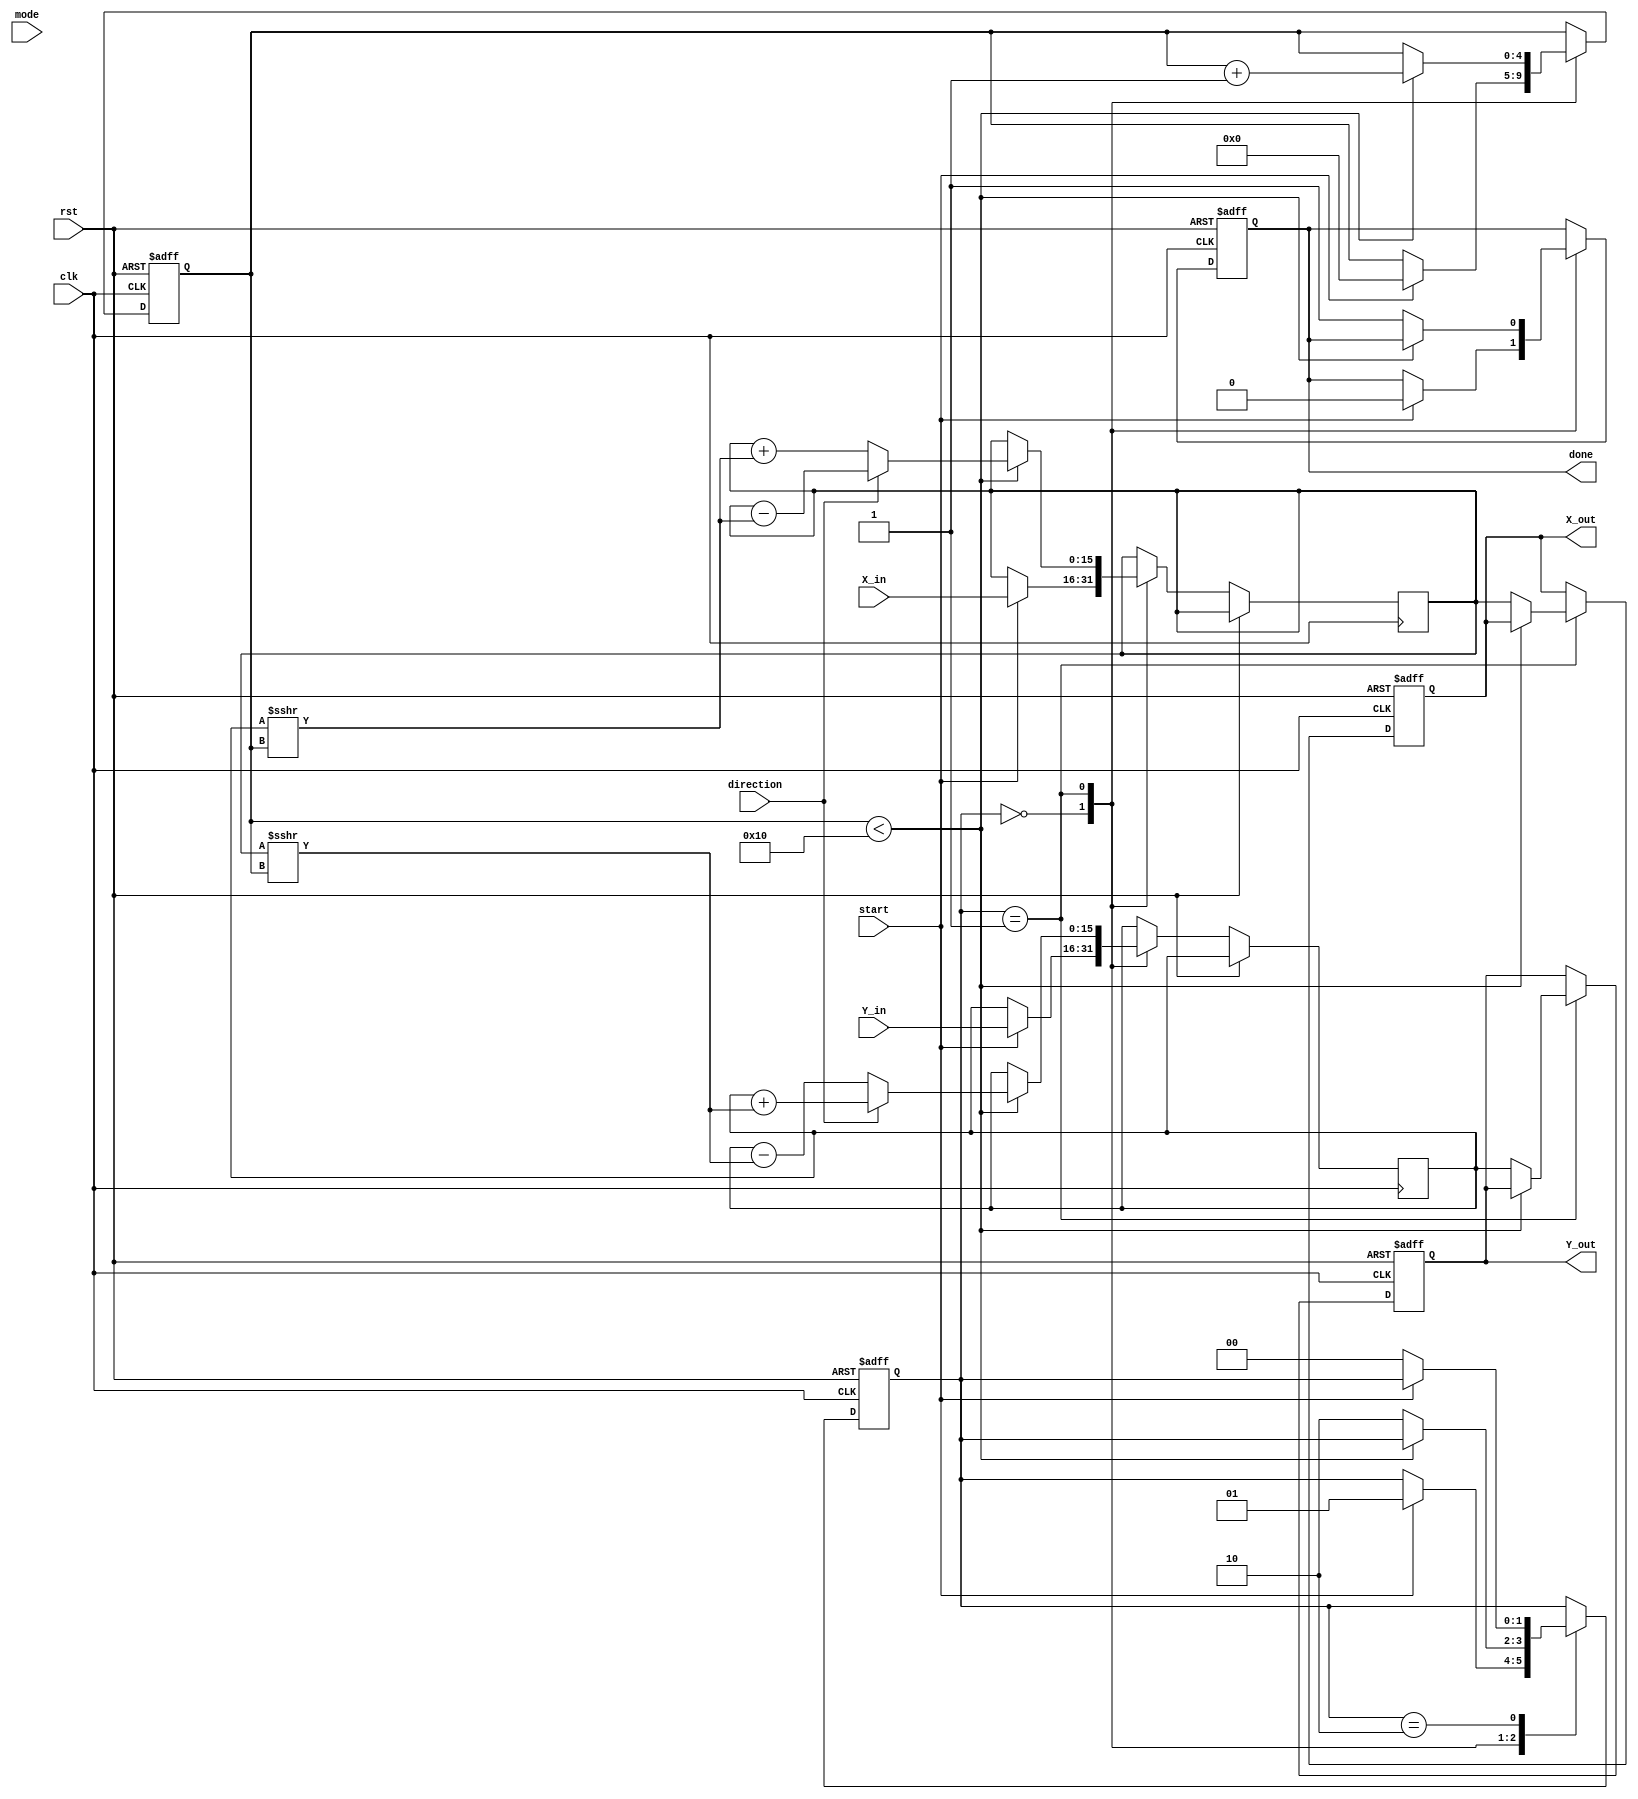
module cordic #(
    parameter DATA_WIDTH = 16, // Width of input/output data
    parameter ITERATIONS = 16   // Number of iterations for CORDIC
)(
    input wire clk,
    input wire rst,
    input wire [DATA_WIDTH-1:0] X_in,
    input wire [DATA_WIDTH-1:0] Y_in,
    input wire mode, // 0: rotation, 1: vectoring
    input wire direction, // 0: clockwise, 1: counter-clockwise
    input wire start,
    output reg [DATA_WIDTH-1:0] X_out,
    output reg [DATA_WIDTH-1:0] Y_out,
    output reg done
);

    // Pre-computed angle lookup table (in fixed-point format)
    reg [DATA_WIDTH-1:0] angle_table [0:ITERATIONS-1];
    initial begin
        // Populate the angle_table with pre-computed arctangent values
        // Example values for 16 iterations (in fixed-point representation)
        angle_table[0] = 16'h26DD; // atan(2^-0)
        angle_table[1] = 16'h1C71; // atan(2^-1)
        angle_table[2] = 16'h14AE; // atan(2^-2)
        angle_table[3] = 16'h0FAD; // atan(2^-3)
        angle_table[4] = 16'h07E4; // atan(2^-4)
        angle_table[5] = 16'h03F5; // atan(2^-5)
        angle_table[6] = 16'h01FE; // atan(2^-6)
        angle_table[7] = 16'h00FF; // atan(2^-7)
        angle_table[8] = 16'h007F; // atan(2^-8)
        angle_table[9] = 16'h003F; // atan(2^-9)
        angle_table[10] = 16'h001F; // atan(2^-10)
        angle_table[11] = 16'h000F; // atan(2^-11)
        angle_table[12] = 16'h0007; // atan(2^-12)
        angle_table[13] = 16'h0003; // atan(2^-13)
        angle_table[14] = 16'h0001; // atan(2^-14)
        angle_table[15] = 16'h0000; // atan(2^-15)
    end

    // Internal registers
    reg [DATA_WIDTH-1:0] X_reg, Y_reg;
    reg [4:0] iteration; // 5 bits to count iterations (0 to ITERATIONS-1)
    reg [1:0] state; // FSM state

    // FSM states
    localparam IDLE = 2'b00,
               RUN  = 2'b01,
               DONE = 2'b10;

    // Control logic
    always @(posedge clk or posedge rst) begin
        if (rst) begin
            state <= IDLE;
            done <= 0;
            iteration <= 0;
            X_out <= 0;
            Y_out <= 0;
        end else begin
            case (state)
                IDLE: begin
                    if (start) begin
                        X_reg <= X_in;
                        Y_reg <= Y_in;
                        iteration <= 0;
                        done <= 0;
                        state <= RUN;
                    end
                end
                RUN: begin
                    if (iteration < ITERATIONS) begin
                        // CORDIC rotation logic
                        if (direction == 1'b0) begin // Clockwise
                            X_reg <= X_reg + (Y_reg >>> iteration);
                            Y_reg <= Y_reg - (X_reg >>> iteration);
                        end else begin // Counter-clockwise
                            X_reg <= X_reg - (Y_reg >>> iteration);
                            Y_reg <= Y_reg + (X_reg >>> iteration);
                        end
                        iteration <= iteration + 1;
                    end else begin
                        X_out <= X_reg;
                        Y_out <= Y_reg;
                        done <= 1;
                        state <= DONE;
                    end
                end
                DONE: begin
                    if (!start) begin
                        state <= IDLE; // Reset to IDLE state
                    end
                end
            endcase
        end
    end

endmodule